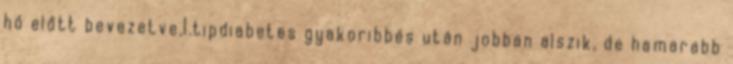
hó előtt bevezetve,I.tipdiabetes gyakoribbés után jobban alszik, de hamarabb